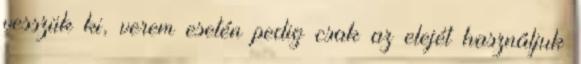
vesszük ki, verem esetén pedig csak az elejét használjuk